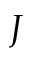
J